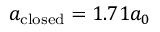
a _ { \mathrm { c l o s e d } } = 1 . 7 1 a _ { 0 }